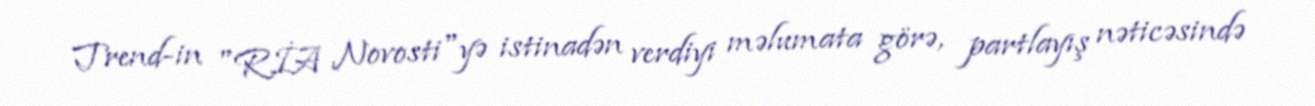
Trend-in "RİA Novosti"yə istinadən verdiyi məlumata görə, partlayış nəticəsində